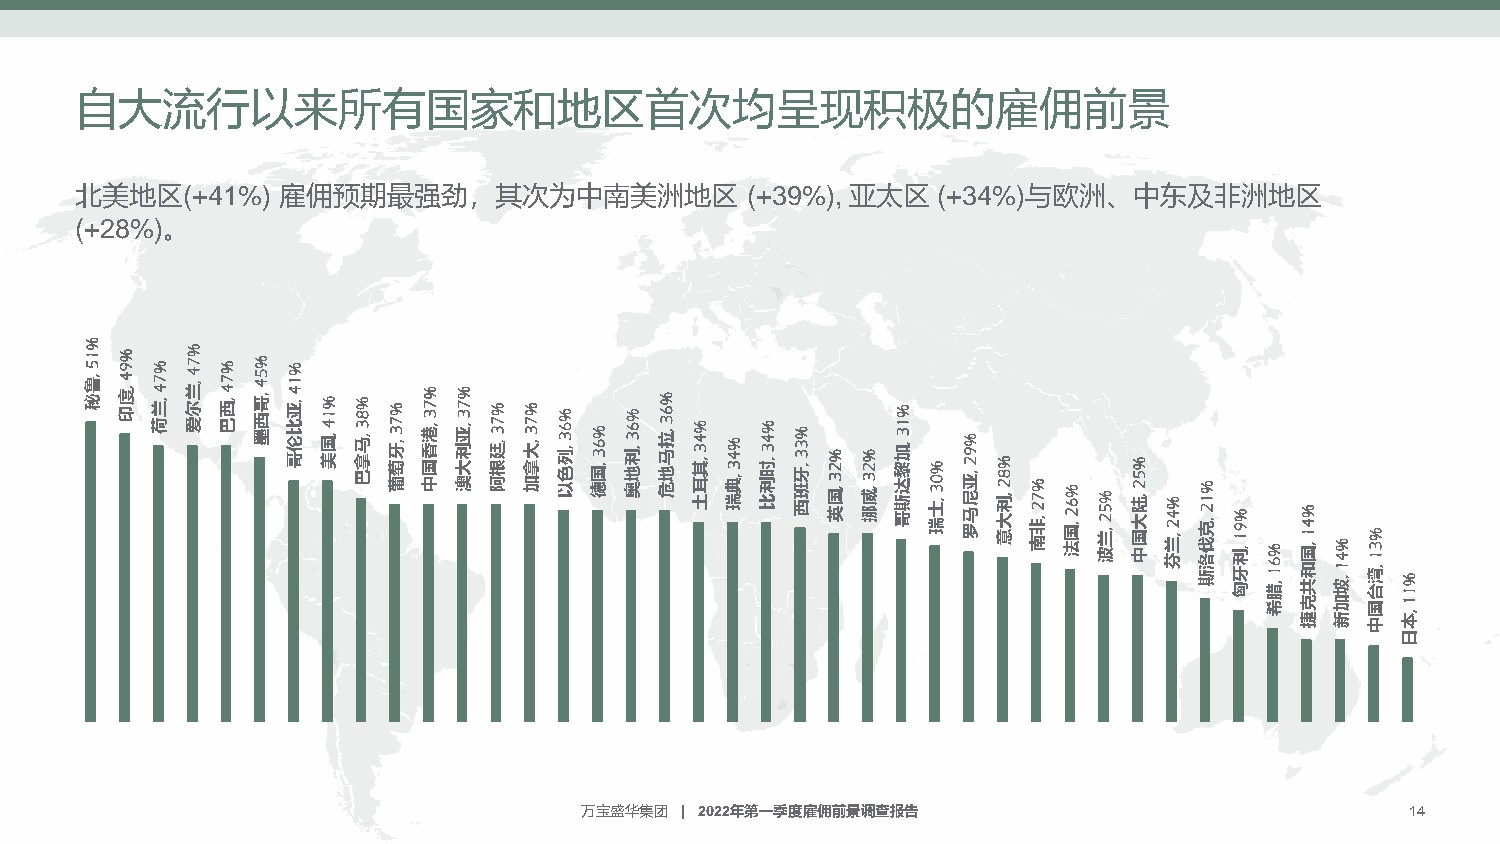
自大流行以来所有国家和地区首次均呈现积极的雇佣前景
 北美地区(+41%)   雇佣预期最强劲，其次为中南美洲地区              (+39%), 亚太区  (+34%)与欧洲、中东及非洲地区
 (+28%)。
 %
 1 5 ,鲁 秘 9% 4 ,度 印 7% 4 ,兰 荷 7% 4 ,兰 尔 爱 7% 4 ,西 巴 5% 4 ,哥 西 墨 1% 4 ,亚 比 伦 哥 1% 4 ,国 美 % 8 3 ,马 拿 巴 7% 3 ,牙 萄 葡 7% 3 ,港 香 国 中 7% 3 ,亚 利 大 澳 7% 3 ,廷 根 阿 7% 3 ,大 拿 加 6% 3 ,列 色 以 6% 3 ,国 德 6% 3 ,利 地 奥 6% 3 ,拉 马 地 危 4% 3 ,其 耳 土 4% 3 ,典 瑞 4% 3 ,时 利 比 3% 3 ,牙 班 西 2% 3 ,国 英 2% 3 ,威 挪 1% 3 ,加 黎 达 斯 哥 0% 3 ,士 瑞 9% 2 ,亚 尼 马 罗 8% 2 ,利 大 意 7% 2 ,非 南 6% 2 ,国 法 5% 2 ,兰 波 5% 2 ,陆 大 国 中 4% 2 ,兰 芬 1% 2 ,克 伐 洛
 斯
 9% 1 ,利
 牙 匈
 6%
 1 ,腊
 4% 1 ,国
 和 共
 4%
 1 ,坡
 3% 1
 ,湾 台 1%
 希 克
 捷
 加
 新
 国
 中
 1
 ,本
 日
 万宝盛华集团 | 2022年第一季度雇佣前景调查报告                             14